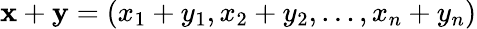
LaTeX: \mathbf{x}+\mathbf{y}=(x_{1}+y_{1},x_{2}+y_{2},\ldots,x_{n}+y_{n})